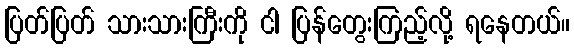
ပြတ်ပြတ် သားသားကြီးကို ငါ ပြန်တွေးကြည့်လို့ ရနေတယ်။